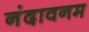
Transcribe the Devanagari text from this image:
नंदावनम